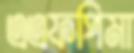
এএফপিমা